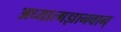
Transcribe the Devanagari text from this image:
अध्यात्मज्ञानवान्